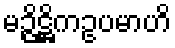
မဉ္ဇိဋ္ဌိကဥပမာဟိ